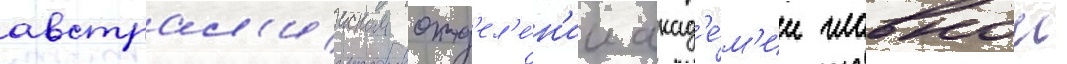
австрал'ииском отд'ел'е́н'ии акад'е́м'ии главнои